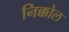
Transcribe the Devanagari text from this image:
निक्कोल